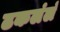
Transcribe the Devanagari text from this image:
ढकलंलं